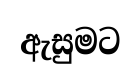
ඇසුමට